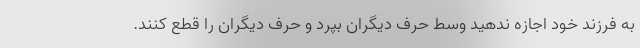
به فرزند خود اجازه ندهید وسط حرف دیگران بپرد و حرف دیگران را قطع کنند.